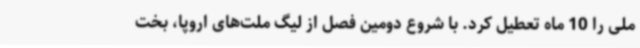
ملی را 10 ماه تعطیل کرد. با شروع دومین فصل از لیگ ملت‌های اروپا، بخت